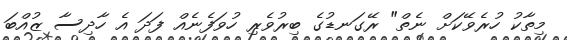
މިތާކު ހުރެވޭކަށް ނެތް" ރޭގަނޑުގެ ބިރުވެރި ހުވަފެނެއް ފަދަ އެ ހާދިސާ ޒުއްބަ